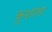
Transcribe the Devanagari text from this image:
कुशाला